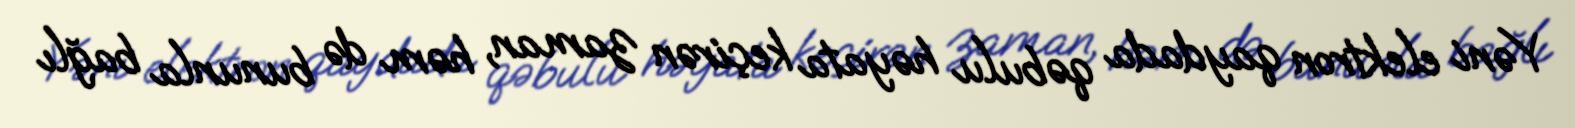
Yəni elektron qaydada qəbulu həyata keçirən zaman, həm də bununla bağlı